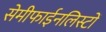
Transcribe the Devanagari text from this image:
सेमीफाईनलिस्टों